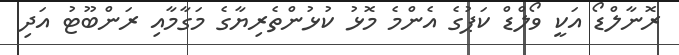
ރޮނާލްޑޯ އަކީ ވޯލްޑް ކަޕުގެ އެންމެ މޮޅު ކުޅުންތެރިޔާގެ މަގާމާއި ރަންބޫޓު އަދި